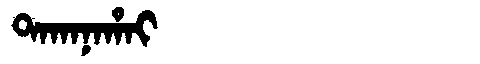
Manchu: ᡨᠠᡴᠠᠨᠠᡥᠠᡳ
Romanization: TAKANAHAI